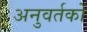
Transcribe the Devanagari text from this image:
अनुवर्तकों